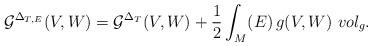
LaTeX: \begin{align*}\mathcal{G}^{\Delta _{T,E}}(V,W)= \mathcal{G}^{\Delta _{T}}(V,W) +\frac{1}{2} \int _{M} ( E) \, g(V,W)~vol_{g}.\end{align*}